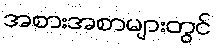
အစားအစာများတွင်